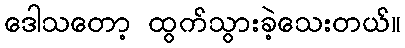
ဒေါသတော့ ထွက်သွားခဲ့သေးတယ်။